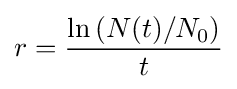
r={\frac {\ln \left(N(t)/N_{0}\right)}{t}}